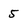
Character: 5